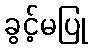
ခွင့်မပြု